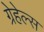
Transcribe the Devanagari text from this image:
ग्रेहेल्स